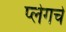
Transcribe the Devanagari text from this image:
प्लेगचे